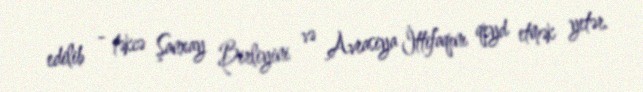
edilib - təkcə Şanxay Birliyini və Avrasiya İttifaqını qeyd etmək yetər.